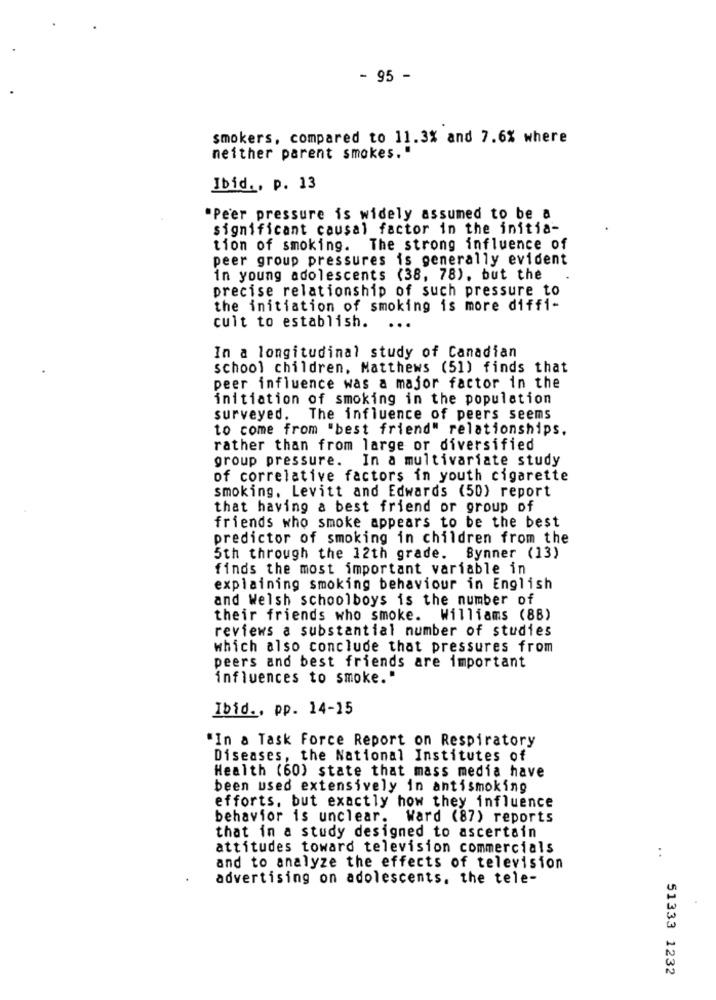
- 95 -
smokers, compared to 11.3% and 7.6% where
neither parent smokes."
Ibid ., p. 13
Peer pressure is widely assumed to be a
significant causal factor in the initia-
tion of smoking. The strong influence of
peer group pressures is generally evident
in young adolescents (38, 78), but the
precise relationship of such pressure to
the initiation of smoking is more diffi-
cult to establish.
..
In a longitudinal study of Canadian
school children, Matthews (51) finds that
peer influence was a major factor in the
initiation of smoking in the population
surveyed. The influence of peers seems
to come from "best friend" relationships.
rather than from large or diversified
group pressure.
In a multivariate study
of correlative factors in youth cigarette
smoking. Levitt and Edwards (50) report
that having a best friend or group of
friends who smoke appears to be the best
predictor of smoking in children from the
5th through the 12th grade. Bynner (13)
finds the most important variable in
explaining smoking behaviour in English
and Welsh schoolboys is the number of
their friends who smoke. Williams (88)
reviews a substantial number of studies
which also conclude that pressures from
peers and best friends are important
influences to smoke."
Ibid ., pp. 14-15
"In a Task Force Report on Respiratory
Diseases, the National Institutes of
Health (60) state that mass media have
been used extensively in antismoking
efforts, but exactly how they influence
behavior is unclear. Ward (87) reports
that in a study designed to ascertain
attitudes toward television commercials
..
and to analyze the effects of television
advertising on adolescents, the tele-
51333 1232